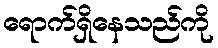
ရောက်ရှိနေသည်ကို